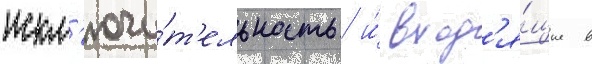
искл'ючи́т'ельность и́ вход'я́щие в